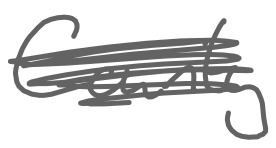
Text: County
Cross-out: scratch
Writing tool: digital_gray